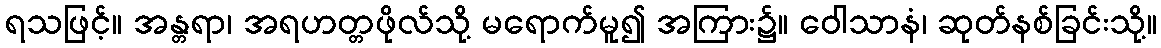
ရသဖြင့်။ အန္တရာ၊ အရဟတ္တဖိုလ်သို့ မရောက်မူ၍ အကြား၌။ ဝေါသာနံ၊ ဆုတ်နစ်ခြင်းသို့။